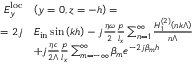
\begin{array} { r l } { E _ { y } ^ { \mathrm { l o c } } } & { \left( y = 0 , z = - h \right) = } \\ { = 2 j } & { E _ { \mathrm { i n } } \sin { \left( k h \right) } - j \frac { \eta \omega } { 2 } \frac { p } { l _ { x } } \sum _ { n = 1 } ^ { \infty } \frac { H _ { 1 } ^ { \left( 2 \right) } \left( n k \Lambda \right) } { n \Lambda } } \\ & { + j \frac { \eta c } { 2 \Lambda } \frac { p } { l _ { x } } \sum _ { m = - \infty } ^ { \infty } \beta _ { m } e ^ { - 2 j \beta _ { m } h } } \end{array}